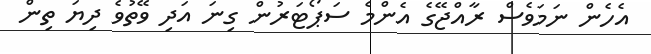
އެހެން ނަމަވެސް ރާއްޖޭގެ އެންމެ ސަޕޯޓަރުން ގިނަ އަދި ވޭތުވެ ދިޔަ ތިން